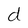
Character: d